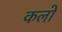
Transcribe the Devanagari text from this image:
कलो